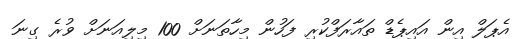
އެޕަލް އިން އައިޕެޑް ތައާރަފްކުރި ފަހުން މިހާތަނަށް 100 މިލިއަނަށް ވުރެ ގިނަ